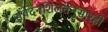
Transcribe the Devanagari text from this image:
संवेदनशिलतेनुसारही